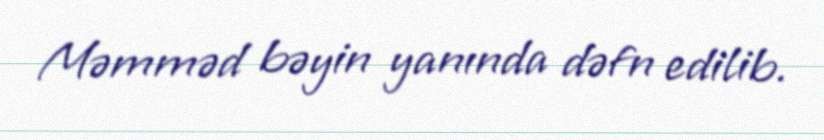
Məmməd bəyin yanında dəfn edilib.